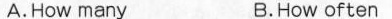
A. How many B. How often